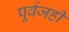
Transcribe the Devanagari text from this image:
पूर्वजही